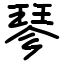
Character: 𪻴